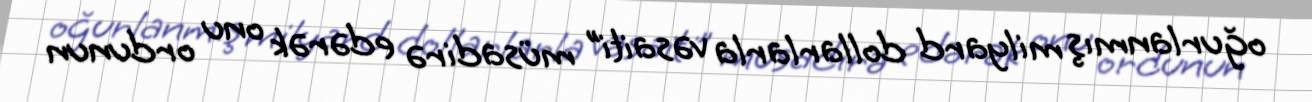
oğurlanmış milyard dollarlarla vəsaiti” müsadirə edərək onu ordunun